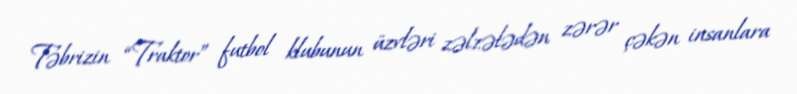
Təbrizin “Traktor” futbol klubunun üzvləri zəlzələdən zərər çəkən insanlara